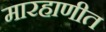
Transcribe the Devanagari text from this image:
मारहाणीत